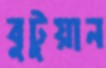
বুটুয়ান